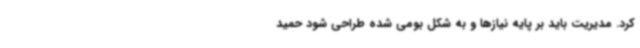
کرد. مدیریت باید بر پایه نیازها و به شکل بومی شده طراحی شود حمید